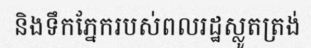
និងទឹកភ្នែករបស់ពលរដ្ឋស្លូតត្រង់